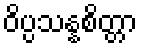
ဝိပ္ပသန္နစိတ္တာ